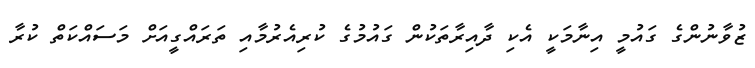
ޒުވާނުންގެ ގައުމީ އިނާމަކީ އެކި ދާއިރާތަކުން ގައުމުގެ ކުރިއެރުމާއި ތަރައްގީއަށް މަސައްކަތް ކުރާ